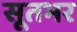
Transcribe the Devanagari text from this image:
सूतभर